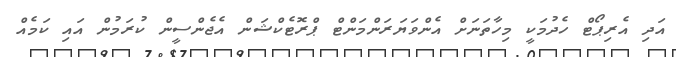
އަދި އެރިޕޯޓް ހެދުމަކީ މިހާތަނަށް އެންވަޔަރަންމަންޓް ޕްރޮޓެކްޝަން އެޖެންސީން ކުރަމުން އައި ކަމެއް